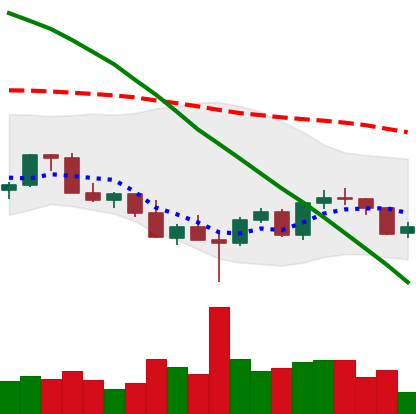
Ticker: LINK-USD
Chart end date: 2022-03-05
Forward return: -5.895%
Label: down_5_7